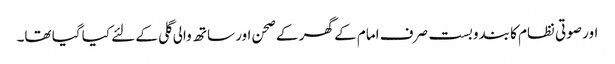
اور صوتی نظام کا بندوبست صرف امام کے گھر کے صحن اور ساتھ والی گلی کے لئے کیا گیا تھا۔